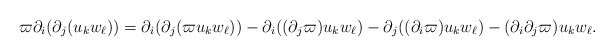
\begin{align*}\varpi \partial_i(\partial_j(u_k w_\ell))=\partial_i(\partial_j(\varpi u_k w_\ell))-\partial_i((\partial_j\varpi)u_kw_\ell)-\partial_j((\partial_i\varpi)u_kw_\ell)-(\partial_i\partial_j\varpi)u_kw_\ell.\end{align*}